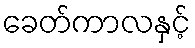
ခေတ်ကာလနှင့်